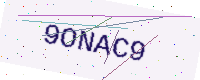
Text: 9ONAC9